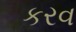
કરવ